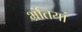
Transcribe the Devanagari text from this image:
भ्रंतियां